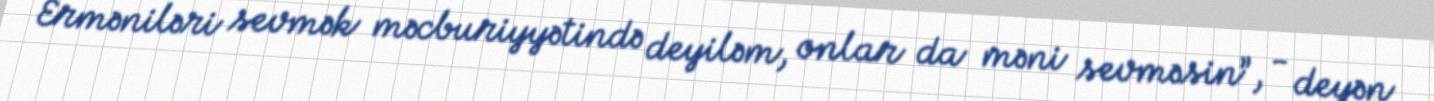
Erməniləri sevmək məcburiyyətində deyiləm, onlar da məni sevməsin”, - deyən